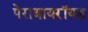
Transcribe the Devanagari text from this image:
पेराथायरॉयड